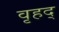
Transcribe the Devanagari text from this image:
वृहद्‌